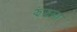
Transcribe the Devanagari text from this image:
झंझला